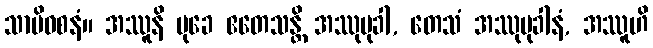
သာမိဝစနံ။ အဿူနိ မုခေ ဧတေသန္တိ အဿုမုခါ, တေသံ အဿုမုခါနံ, အဿူဟိ